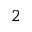
^ 2